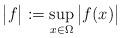
LaTeX: \begin{align*}{\big |}f{\big |}:=\sup_{x\in \Omega}{\big |}f(x){\big |}\end{align*}